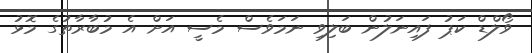
ވޯލްޑް ކަޕު ފައިނަލުން ބަލިވި ނަމަވެސް މެސީ އަށް އެ މުބާރާތުގެ މޮޅު